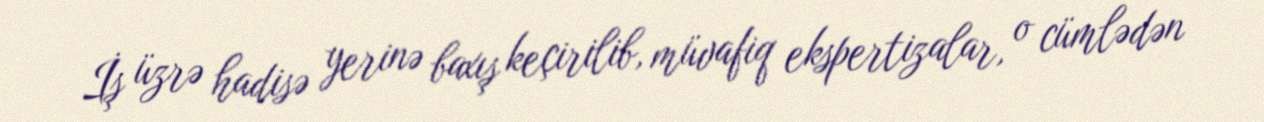
İş üzrə hadisə yerinə baxış keçirilib, müvafiq ekspertizalar, o cümlədən